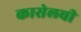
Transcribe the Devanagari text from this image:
कासेलची